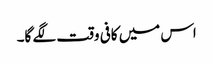
اس میں کافی وقت لگے گا۔